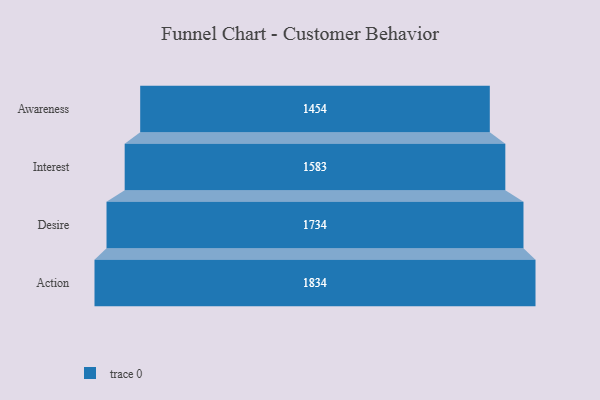
{"axis": {"x": "Stage", "y": "Value"}, "legend": [""], "data": [{"x": "Awareness", "y": 1454.0, "type": ""}, {"x": "Interest", "y": 1583.0, "type": ""}, {"x": "Desire", "y": 1734.0, "type": ""}, {"x": "Action", "y": 1834.0, "type": ""}]}